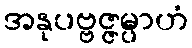
အနုပဗ္ဗဇ္ဇမ္ပာဟံ